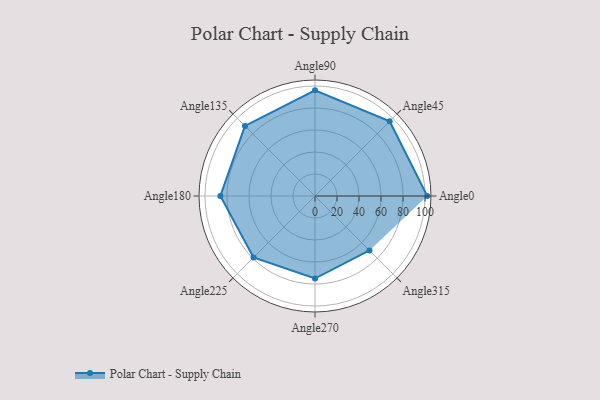
{"axis": {"x": "Angle", "y": "Radius"}, "legend": [""], "data": [{"x": "Angle0", "y": 102.0, "type": ""}, {"x": "Angle45", "y": 96.0, "type": ""}, {"x": "Angle90", "y": 96.0, "type": ""}, {"x": "Angle135", "y": 90.0, "type": ""}, {"x": "Angle180", "y": 86.0, "type": ""}, {"x": "Angle225", "y": 79.0, "type": ""}, {"x": "Angle270", "y": 75.0, "type": ""}, {"x": "Angle315", "y": 70.0, "type": ""}]}